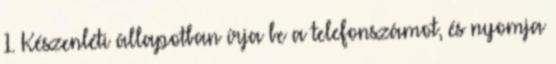
1. Készenléti állapotban írja be a telefonszámot, és nyomja